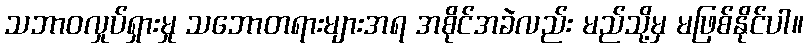
သဘာဝလှုပ်ရှားမှု သဘောတရားများအရ အစိုင်အခဲလည်း မည်သို့မှ မဖြစ်နိုင်ပါ။